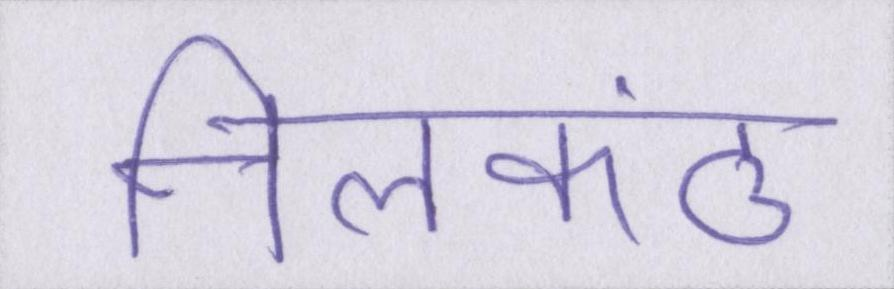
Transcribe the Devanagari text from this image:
नीलकंठ